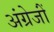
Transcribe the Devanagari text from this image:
अंग्रेजोंं